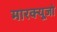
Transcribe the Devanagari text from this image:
मारक्यूजो